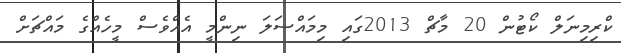
ކްރިމިނަލް ކޯޓުން 20 މާޗް 2013ގައި މިމައްސަަލަ ނިންމީ އެއްވެސް މީހެއްގެ މައްޗަށް